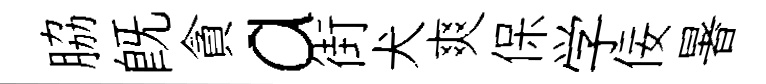
脇旣貪a街犬爽保学佞暑